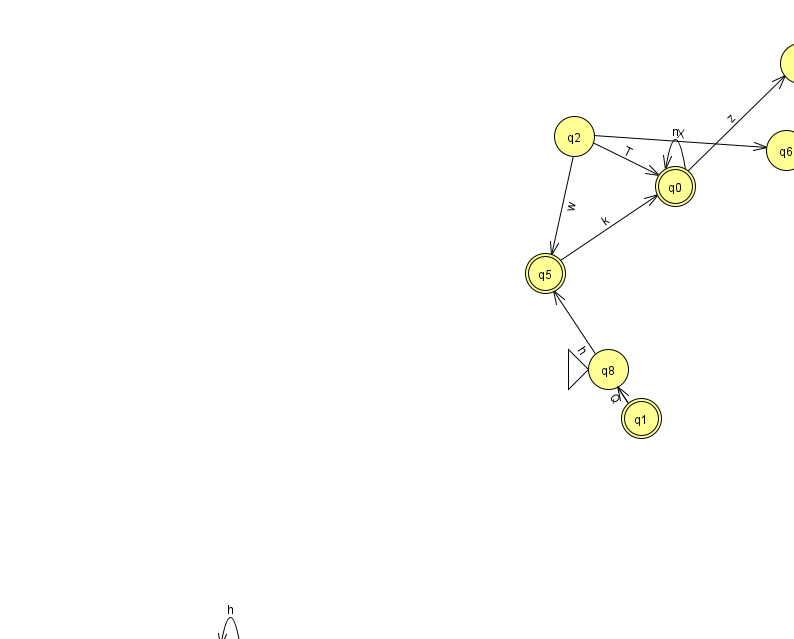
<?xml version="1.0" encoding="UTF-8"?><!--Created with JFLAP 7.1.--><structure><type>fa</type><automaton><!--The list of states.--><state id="0" name="q0"><x>675.0</x><y>173.0</y><final/></state><state id="1" name="q1"><x>641.0</x><y>405.0</y><final/></state><state id="2" name="q2"><x>574.0</x><y>123.0</y></state><state id="3" name="q3"><x>230.0</x><y>651.0</y></state><state id="4" name="q4"><x>937.0</x><y>92.0</y></state><state id="5" name="q5"><x>545.0</x><y>260.0</y><final/></state><state id="6" name="q6"><x>786.0</x><y>137.0</y></state><state id="7" name="q7"><x>800.0</x><y>50.0</y></state><state id="8" name="q8"><x>608.0</x><y>356.0</y><initial/></state><!--The list of transitions.--><transition><from>1</from><to>5</to><read>h</read></transition><transition><from>2</from><to>5</to><read>w</read></transition><transition><from>2</from><to>6</to><read>X</read></transition><transition><from>1</from><to>8</to><read>Q</read></transition><transition><from>4</from><to>7</to><read>I</read></transition><transition><from>5</from><to>0</to><read>k</read></transition><transition><from>3</from><to>3</to><read>h</read></transition><transition><from>4</from><to>6</to><read>F</read></transition><transition><from>2</from><to>0</to><read>T</read></transition><transition><from>0</from><to>0</to><read>n</read></transition><transition><from>0</from><to>7</to><read>z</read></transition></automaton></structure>